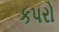
કપરો